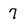
Character: 7